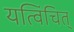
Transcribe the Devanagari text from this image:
यत्विंचित्